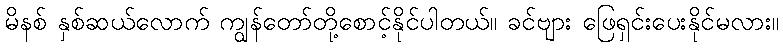
မိနစ် နှစ်ဆယ်လောက် ကျွန်တော်တို့စောင့်နိုင်ပါတယ်။ ခင်ဗျား ဖြေရှင်းပေးနိုင်မလား။